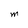
Character: M